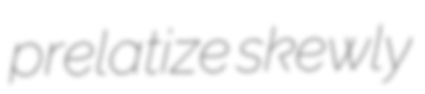
prelatize skewly